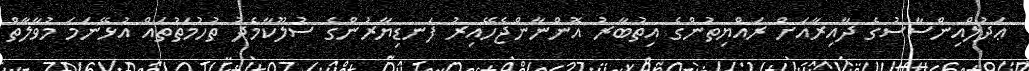
ޢަދުލްއިންސާސުގެ ދާއިރާއަށް ރައްޔިތުންގެ އިތުބާރު އޮންނާންޖެހޭއިރު ފަނޑިޔާރުންގެ ސުލޫކާމެދު ތުހުމަތުތައް އުޅޭނަމަ މުވާލާތް